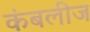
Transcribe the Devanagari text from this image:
कंबलीज